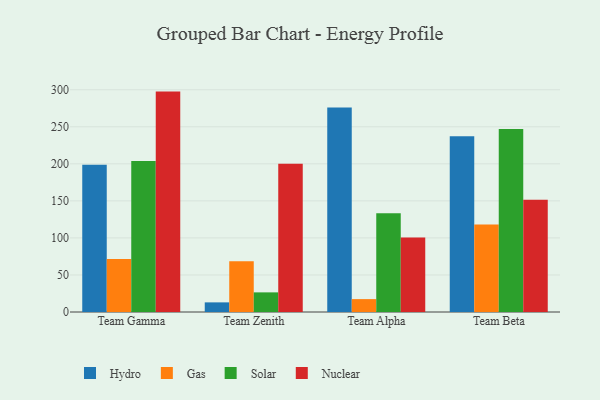
{"axis": {"x": "Team", "y": "Active Users"}, "legend": ["Gas", "Hydro", "Nuclear", "Solar"], "data": [{"x": "Team Gamma", "y": 198.8, "type": "Hydro"}, {"x": "Team Gamma", "y": 71.5, "type": "Gas"}, {"x": "Team Gamma", "y": 203.8, "type": "Solar"}, {"x": "Team Gamma", "y": 297.5, "type": "Nuclear"}, {"x": "Team Zenith", "y": 13.0, "type": "Hydro"}, {"x": "Team Zenith", "y": 68.4, "type": "Gas"}, {"x": "Team Zenith", "y": 26.5, "type": "Solar"}, {"x": "Team Zenith", "y": 200.1, "type": "Nuclear"}, {"x": "Team Alpha", "y": 276.2, "type": "Hydro"}, {"x": "Team Alpha", "y": 17.4, "type": "Gas"}, {"x": "Team Alpha", "y": 133.2, "type": "Solar"}, {"x": "Team Alpha", "y": 100.6, "type": "Nuclear"}, {"x": "Team Beta", "y": 237.1, "type": "Hydro"}, {"x": "Team Beta", "y": 118.1, "type": "Gas"}, {"x": "Team Beta", "y": 247.1, "type": "Solar"}, {"x": "Team Beta", "y": 151.4, "type": "Nuclear"}]}